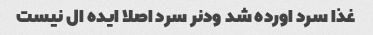
غذا سرد اورده شد ودنر سرد اصلا ایده ال نیست